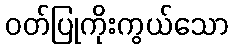
ဝတ်ပြုကိုးကွယ်သော